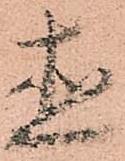
直